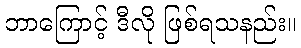
ဘာကြောင့် ဒီလို ဖြစ်ရသနည်း။